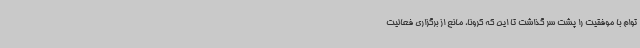
توام با موفقیت را پشت سر گذاشت تا این که کرونا، مانع از برگزاری فعالیت